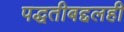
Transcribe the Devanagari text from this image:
पद्धतीबद्दलही